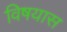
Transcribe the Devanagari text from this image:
विषयास